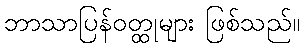
ဘာသာပြန်ဝတ္ထုများ ဖြစ်သည်။